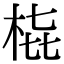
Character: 𭩳